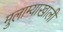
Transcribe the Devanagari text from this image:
मुलाम्याखाली